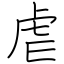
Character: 虐